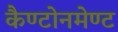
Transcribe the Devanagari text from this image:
कैण्टोनमेण्ट